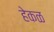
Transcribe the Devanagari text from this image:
हेकळ